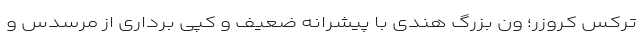
ترکس کروزر؛ ون بزرگ هندی با پیشرانه ضعیف و کپی برداری از مرسدس و